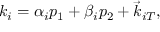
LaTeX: k _ { i } = \alpha _ { i } p _ { 1 } + \beta _ { i } p _ { 2 } + \vec { k } _ { i T } ,